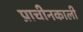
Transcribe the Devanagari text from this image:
प्राचीनकाली